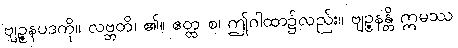
ဗျဉ္ဇနပဒကို။ လဗ္ဘတိ၊ ၏။ ဧတ္ထ စ၊ ဤဂါထာ၌လည်း။ ဗျဉ္ဇနန္တိ ဣမဿ